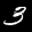
Label: 3